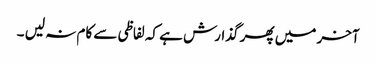
آخر میں پھر گذارش ہے کہ لفاظی سے کام نہ لیں ۔